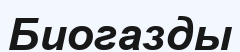
Биогазды